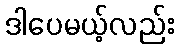
ဒါပေမယ့်လည်း